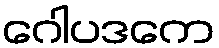
ဂေါပဒကေ